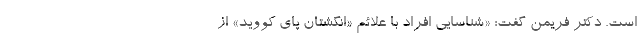
است. دکتر فریمن گفت: «شناسایی افراد با علائم «انگشتان پای کووید» از